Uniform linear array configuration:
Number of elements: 48
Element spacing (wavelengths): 1
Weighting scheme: uniform
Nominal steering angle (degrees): -15
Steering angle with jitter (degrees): -14.535
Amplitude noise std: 0.05
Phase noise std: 0.05

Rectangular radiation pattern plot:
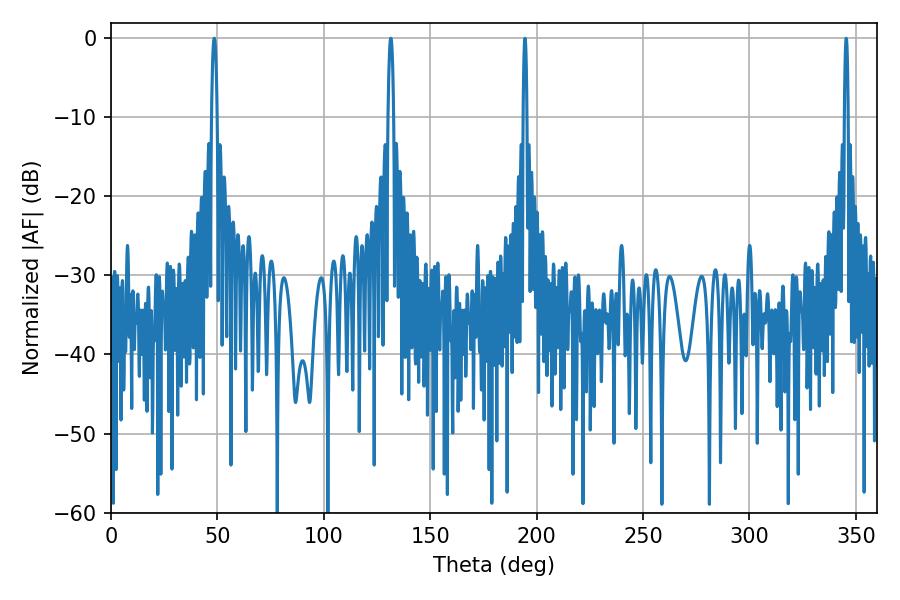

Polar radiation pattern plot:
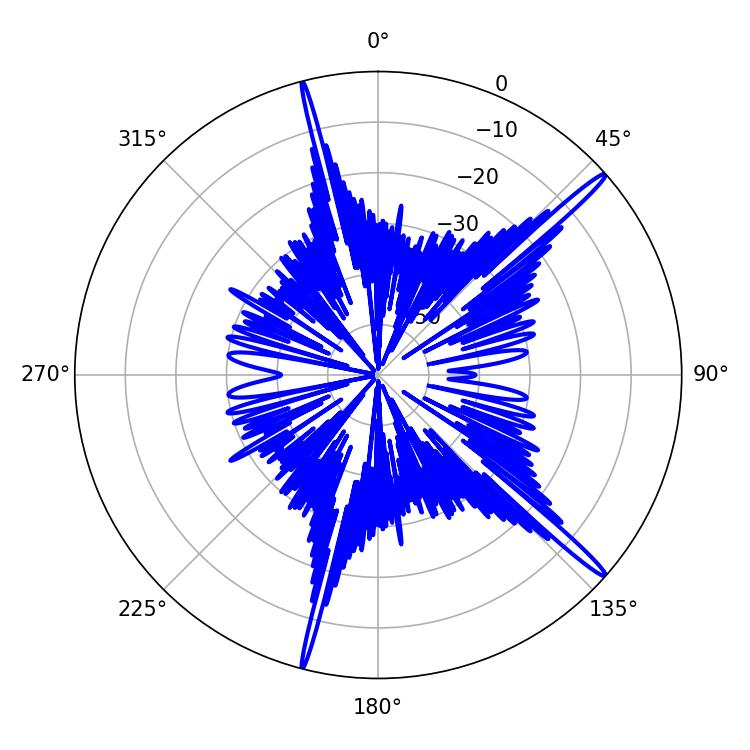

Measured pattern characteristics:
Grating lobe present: TRUE
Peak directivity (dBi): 17.441
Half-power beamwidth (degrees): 0.9
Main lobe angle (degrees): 345.42